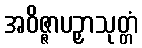
အဝိဇ္ဇာပဉှာသုတ္တံ